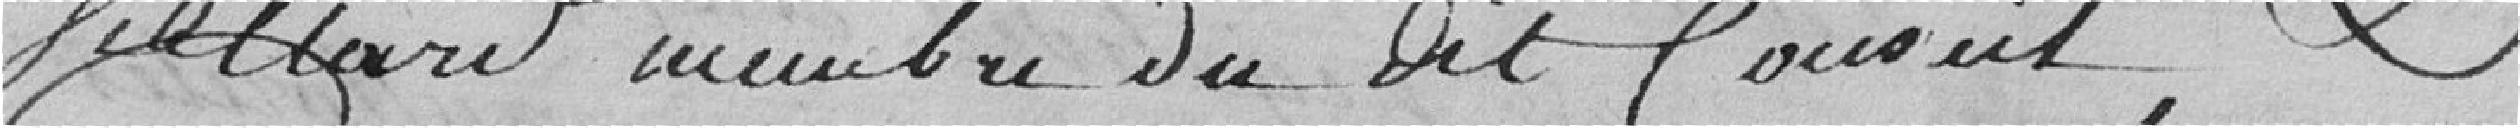
Villard, membre dudit conseil,